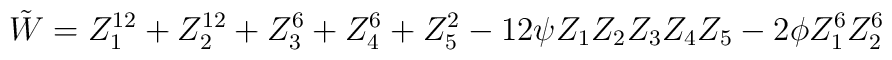
{\tilde W} = Z_1^{12} + Z_2^{12} + Z_3^6 + Z_4^6 + Z_5^2-12 \psi Z_1 Z_2 Z_3 Z_4 Z_5 - 2\phi Z_1^6 Z_2^6